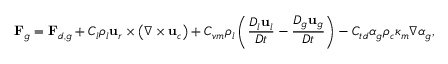
\mathbf { F } _ { g } = \mathbf { F } _ { d , g } + C _ { l } \rho _ { l } \mathbf { u } _ { r } \times \left( \nabla \times \mathbf { u } _ { c } \right) + C _ { v m } \rho _ { l } \left( \frac { D _ { l } \mathbf { u } _ { l } } { D t } - \frac { D _ { g } \mathbf { u } _ { g } } { D t } \right) - C _ { t d } \alpha _ { g } \rho _ { c } \kappa _ { m } \nabla \alpha _ { g } ,